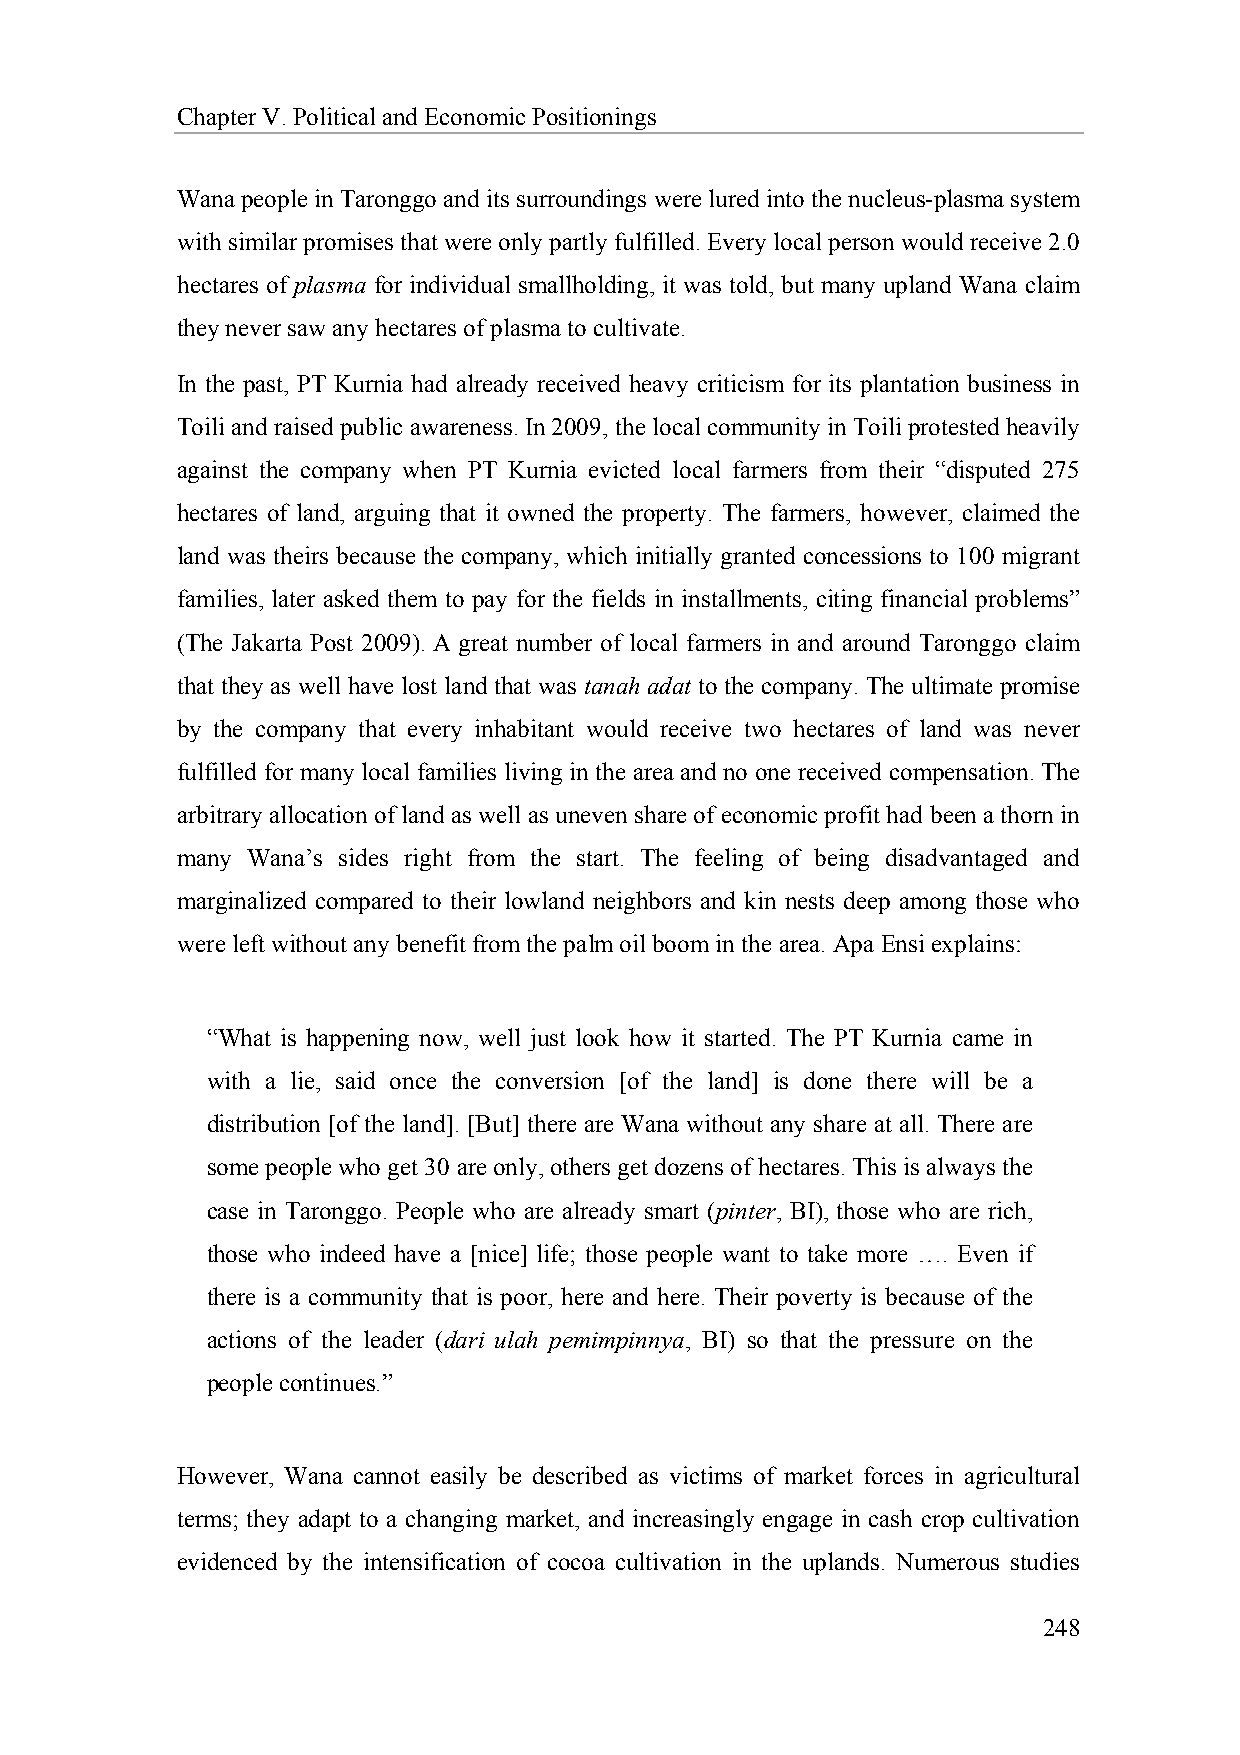
Chapter V. Political and Economic Positionings
 Wana people in Taronggo and its surroundings were lured into the nucleus-plasma system
 with similar promises that were only partly fulfilled. Every local person would receive 2.0
 hectares of plasma for individual smallholding, it was told, but many upland Wana claim
 they never saw any hectares of plasma to cultivate.
 In the past, PT Kurnia had already received heavy criticism for its plantation business in
 Toili and raised public awareness. In 2009, the local community in Toili protested heavily
 against the company when PT Kurnia evicted local farmers from their “disputed 275
 hectares of land, arguing that it owned the property. The farmers, however, claimed the
 land was theirs because the company, which initially granted concessions to 100 migrant
 families, later asked them to pay for the fields in installments, citing financial problems”
 (The Jakarta Post 2009). A great number of local farmers in and around Taronggo claim
 that they as well have lost land that was tanah adat to the company. The ultimate promise
 by the company that every inhabitant would receive two hectares of land was never
 fulfilled for many local families living in the area and no one received compensation. The
 arbitrary allocation of land as well as uneven share of economic profit had been a thorn in
 many Wana’s sides right from the start. The feeling of being disadvantaged and
 marginalized compared to their lowland neighbors and kin nests deep among those who
 were left without any benefit from the palm oil boom in the area. Apa Ensi explains:
 “What is happening now, well just look how it started. The PT Kurnia came in
 with a lie, said once the conversion [of the land] is done there will be a
 distribution [of the land]. [But] there are Wana without any share at all. There are
 some people who get 30 are only, others get dozens of hectares. This is always the
 case in Taronggo. People who are already smart (pinter, BI), those who are rich,
 those who indeed have a [nice] life; those people want to take more …. Even if
 there is a community that is poor, here and here. Their poverty is because of the
 actions of the leader (dari ulah pemimpinnya, BI) so that the pressure on the
 people continues.”
 However, Wana cannot easily be described as victims of market forces in agricultural
 terms; they adapt to a changing market, and increasingly engage in cash crop cultivation
 evidenced by the intensification of cocoa cultivation in the uplands. Numerous studies
 248